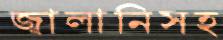
জ্বালানিসহ